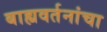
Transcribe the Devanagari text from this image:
बाह्यवर्तनांचा